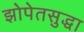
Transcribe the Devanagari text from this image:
झोपेतसुद्धा